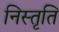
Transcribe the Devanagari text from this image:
निस्तृति